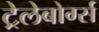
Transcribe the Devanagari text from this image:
ट्रेलेबोर्ग्स